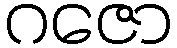
ဂဇော